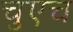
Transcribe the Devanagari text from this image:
चुएच